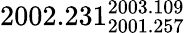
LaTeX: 2002.231_{2001.257}^{2003.109}